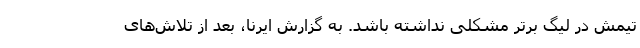
تیمش در لیگ برتر مشکلی نداشته باشد. به گزارش ایرنا، بعد از تلاش‌های